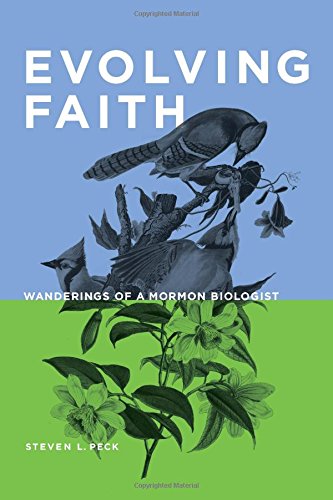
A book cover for Evolving Faith: Wanderings of a Mormon Biologist; Steven L. Peck; Christian Books & Bibles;